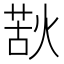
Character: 𭵌